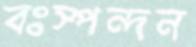
বঃস্পন্দন